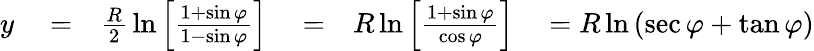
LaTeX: \begin{array}{rlrlrl}{y}&{{}=}&{{\frac{R}{2}}\ln\left[{\frac{1+\sin\varphi}{1-\sin\varphi}}\right]}&{{}=}&{{R}\ln\left[{\frac{1+\sin\varphi}{\cos\varphi}}\right]}&{{}=R\ln\left(\sec\varphi+\tan\varphi\right)}\end{array}